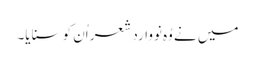
میں نے وُہ نووارد شعر اُن کو سنایا۔